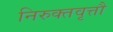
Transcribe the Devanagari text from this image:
निरुक्तवृत्तौ